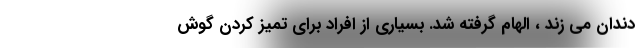
دندان می زند ، الهام گرفته شد. بسیاری از افراد برای تمیز کردن گوش